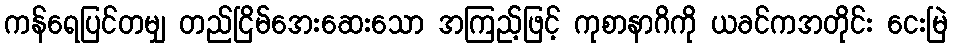
ကန်ရေပြင်တမျှ တည်ငြိမ်အေးဆေးသော အကြည့်ဖြင့် ကုစာနာဂိကို ယခင်ကအတိုင်း ငေးမြဲ